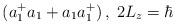
LaTeX: \begin{align*}(a_{1}^{+}a_{1}+a_{1}a_{1}^{+})\,,\;2L_{z}=\hbar\end{align*}